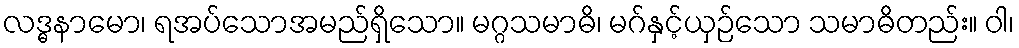
လဒ္ဓနာမော၊ ရအပ်သောအမည်ရှိသော။ မဂ္ဂသမာဓိ၊ မဂ်နှင့်ယှဉ်သော သမာဓိတည်း။ ဝါ၊